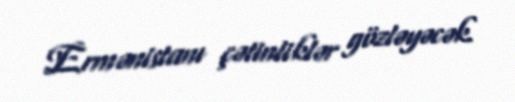
Ermənistanı çətinliklər gözləyəcək.